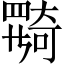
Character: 𡚎